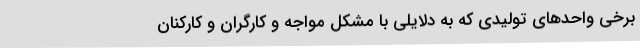
برخی واحدهای تولیدی که به دلایلی با مشکل مواجه و کارگران و کارکنان